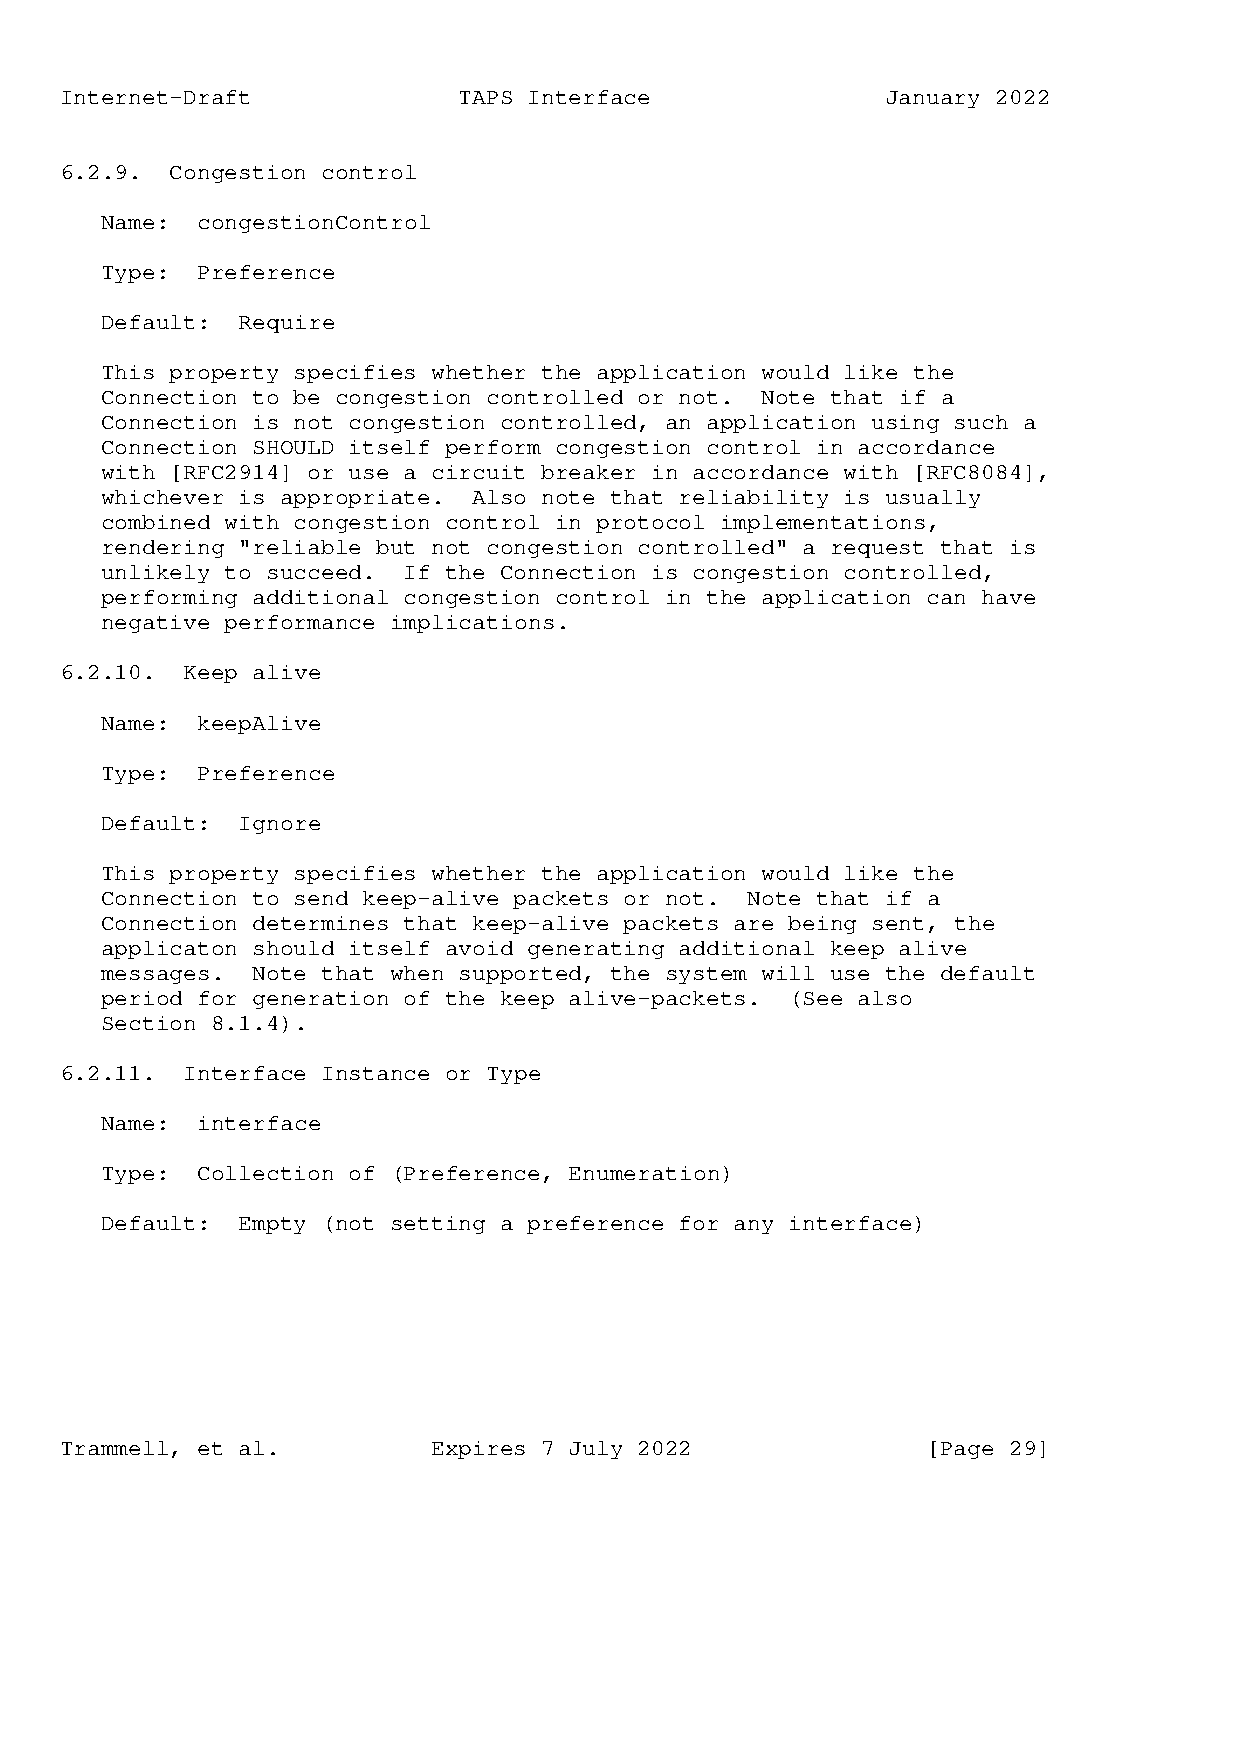
Internet-Draft            TAPS Interface               January 2022
 6.2.9. Congestion control
 Name: congestionControl
 Type: Preference
 Default: Require
 This property specifies whether the application would like the
 Connection to be congestion controlled or not. Note that if a
 Connection is not congestion controlled, an application using such a
 Connection SHOULD itself perform congestion control in accordance
 with [RFC2914] or use a circuit breaker in accordance with [RFC8084],
 whichever is appropriate. Also note that reliability is usually
 combined with congestion control in protocol implementations,
 rendering "reliable but not congestion controlled" a request that is
 unlikely to succeed. If the Connection is congestion controlled,
 performing additional congestion control in the application can have
 negative performance implications.
 6.2.10. Keep alive
 Name: keepAlive
 Type: Preference
 Default: Ignore
 This property specifies whether the application would like the
 Connection to send keep-alive packets or not. Note that if a
 Connection determines that keep-alive packets are being sent, the
 applicaton should itself avoid generating additional keep alive
 messages. Note that when supported, the system will use the default
 period for generation of the keep alive-packets. (See also
 Section 8.1.4).
 6.2.11. Interface Instance or Type
 Name: interface
 Type: Collection of (Preference, Enumeration)
 Default: Empty (not setting a preference for any interface)
 Trammell, et al.         Expires 7 July 2022             [Page 29]